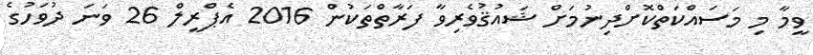
ވީމާ މި މަސައްކަތްކޮށްދިނުމަށް ޝައުޤުވެރިވާ ފަރާތްތަކުން 2016 އެޕްރީލް 26 ވަނަ ދުވަހުގެ